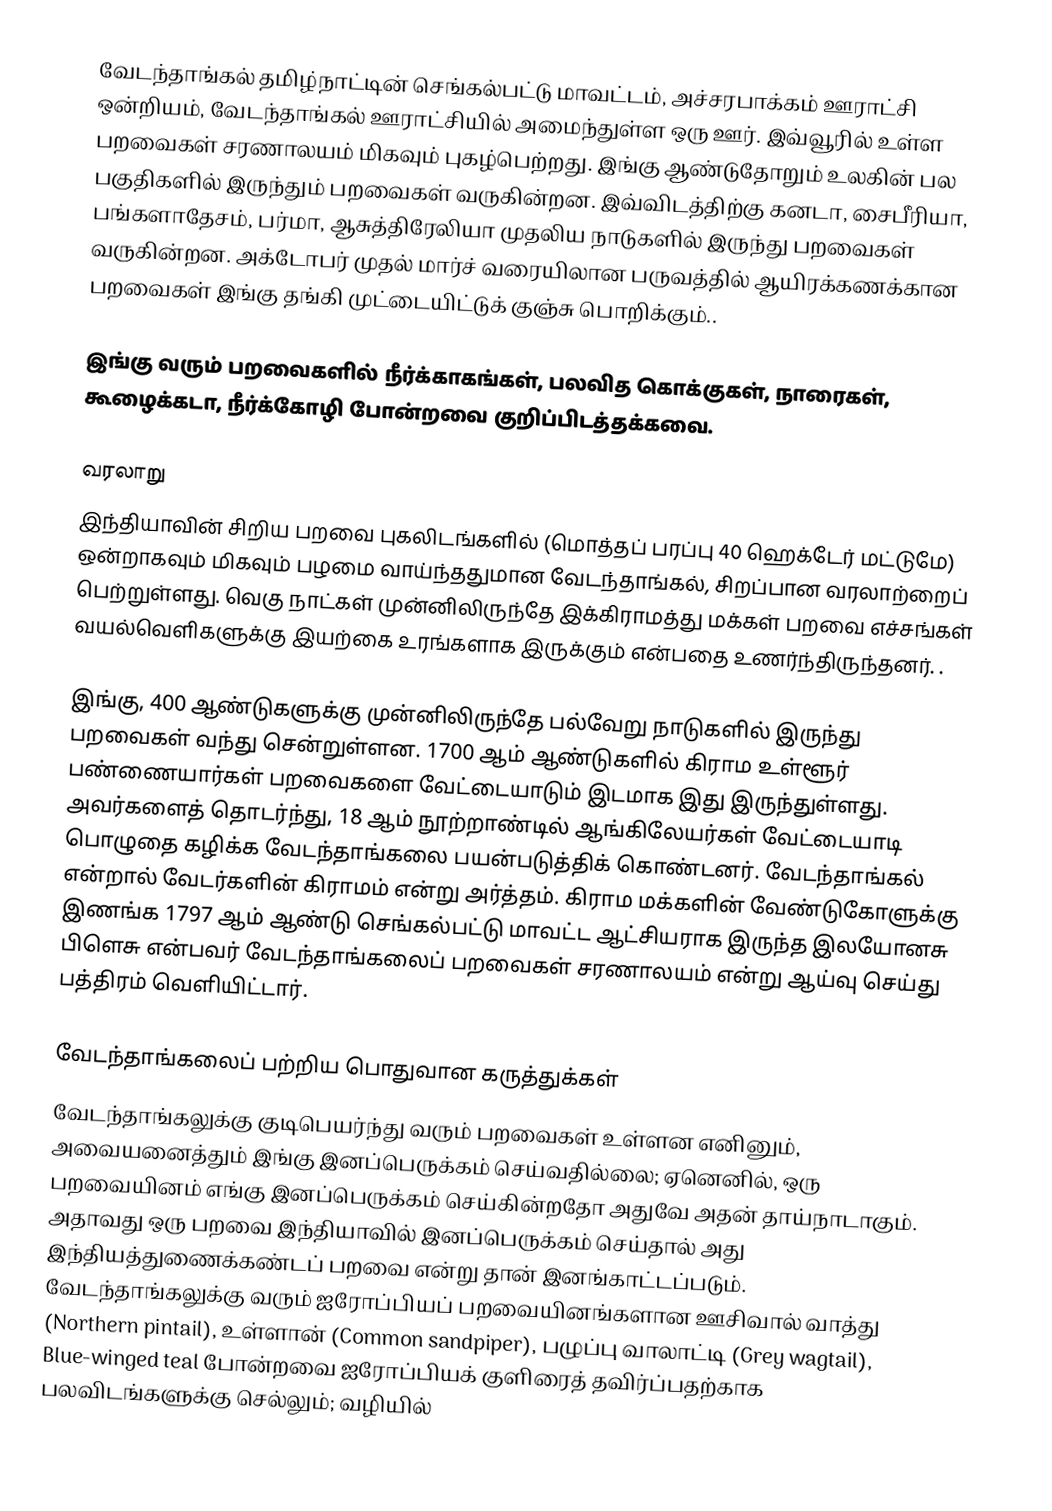
வேடந்தாங்கல் தமிழ்நாட்டின் செங்கல்பட்டு மாவட்டம், அச்சரபாக்கம் ஊராட்சி ஒன்றியம், வேடந்தாங்கல் ஊராட்சியில் அமைந்துள்ள ஒரு ஊர். இவ்வூரில் உள்ள பறவைகள் சரணாலயம் மிகவும் புகழ்பெற்றது. இங்கு ஆண்டுதோறும் உலகின் பல பகுதிகளில் இருந்தும் பறவைகள் வருகின்றன. இவ்விடத்திற்கு கனடா, சைபீரியா, பங்களாதேசம், பர்மா, ஆசுத்திரேலியா முதலிய நாடுகளில் இருந்து பறவைகள் வருகின்றன. அக்டோபர் முதல் மார்ச் வரையிலான பருவத்தில் ஆயிரக்கணக்கான பறவைகள் இங்கு தங்கி முட்டையிட்டுக் குஞ்சு பொறிக்கும்..

இங்கு வரும் பறவைகளில் நீர்க்காகங்கள், பலவித கொக்குகள், நாரைகள், கூழைக்கடா, நீர்க்கோழி போன்றவை குறிப்பிடத்தக்கவை.

வரலாறு
இந்தியாவின் சிறிய பறவை புகலிடங்களில் (மொத்தப் பரப்பு 40 ஹெக்டேர் மட்டுமே) ஒன்றாகவும் மிகவும் பழமை வாய்ந்ததுமான வேடந்தாங்கல், சிறப்பான வரலாற்றைப் பெற்றுள்ளது. வெகு நாட்கள் முன்னிலிருந்தே இக்கிராமத்து மக்கள் பறவை எச்சங்கள் வயல்வெளிகளுக்கு இயற்கை உரங்களாக இருக்கும் என்பதை உணர்ந்திருந்தனர். .

இங்கு, 400 ஆண்டுகளுக்கு முன்னிலிருந்தே பல்வேறு நாடுகளில் இருந்து பறவைகள் வந்து சென்றுள்ளன. 1700 ஆம் ஆண்டுகளில் கிராம உள்ளூர் பண்ணையார்கள் பறவைகளை வேட்டையாடும் இடமாக இது இருந்துள்ளது. அவர்களைத் தொடர்ந்து, 18 ஆம் நூற்றாண்டில் ஆங்கிலேயர்கள் வேட்டையாடி பொழுதை கழிக்க வேடந்தாங்கலை பயன்படுத்திக் கொண்டனர். வேடந்தாங்கல் என்றால் வேடர்களின் கிராமம் என்று அர்த்தம். கிராம மக்களின் வேண்டுகோளுக்கு இணங்க 1797 ஆம் ஆண்டு செங்கல்பட்டு மாவட்ட ஆட்சியராக இருந்த இலயோனசு பிளெசு என்பவர் வேடந்தாங்கலைப் பறவைகள் சரணாலயம் என்று ஆய்வு செய்து பத்திரம் வெளியிட்டார்.

வேடந்தாங்கலைப் பற்றிய பொதுவான கருத்துக்கள்
வேடந்தாங்கலுக்கு குடிபெயர்ந்து வரும் பறவைகள் உள்ளன எனினும், அவையனைத்தும் இங்கு இனப்பெருக்கம் செய்வதில்லை; ஏனெனில், ஒரு பறவையினம் எங்கு இனப்பெருக்கம் செய்கின்றதோ அதுவே அதன் தாய்நாடாகும். அதாவது ஒரு பறவை இந்தியாவில் இனப்பெருக்கம் செய்தால் அது இந்தியத்துணைக்கண்டப் பறவை என்று தான் இனங்காட்டப்படும். வேடந்தாங்கலுக்கு வரும் ஐரோப்பியப் பறவையினங்களான ஊசிவால் வாத்து (Northern pintail), உள்ளான் (Common sandpiper), பழுப்பு வாலாட்டி (Grey wagtail), Blue-winged teal  போன்றவை ஐரோப்பியக் குளிரைத் தவிர்ப்பதற்காக பலவிடங்களுக்கு செல்லும்; வழியில்